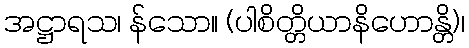
အဋ္ဌာရသ၊ န်သော။ (ပါစိတ္တိယာနိဟောန္တိ)၊